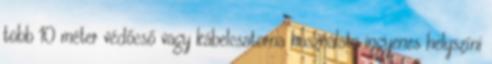
több 10 méter védőcső vagy kábelcsatorna használata ingyenes helyszíni